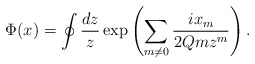
\begin{align*}\Phi(x)=\oint {dz \over z} \exp\left(\sum_{m\neq 0} {i x_m \over 2Qmz^{m}}\right).\end{align*}